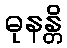
ဓုနန္တိ